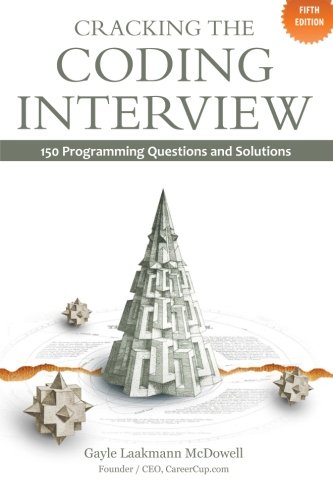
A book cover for Cracking the Coding Interview: 150 Programming Questions and Solutions; Gayle Laakmann McDowell; Computers & Technology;